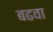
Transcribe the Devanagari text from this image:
बढवा